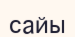
сайы